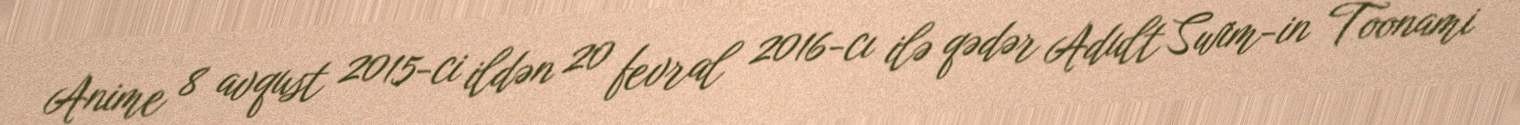
Anime 8 avqust 2015-ci ildən 20 fevral 2016-cı ilə qədər Adult Swim-in Toonami